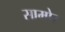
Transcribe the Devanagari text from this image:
सामोर